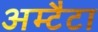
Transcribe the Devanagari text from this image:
अम्टैटा